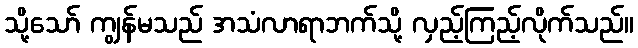
သို့သော် ကျွန်မသည် အသံလာရာဘက်သို့ လှည့်ကြည့်လိုက်သည်။